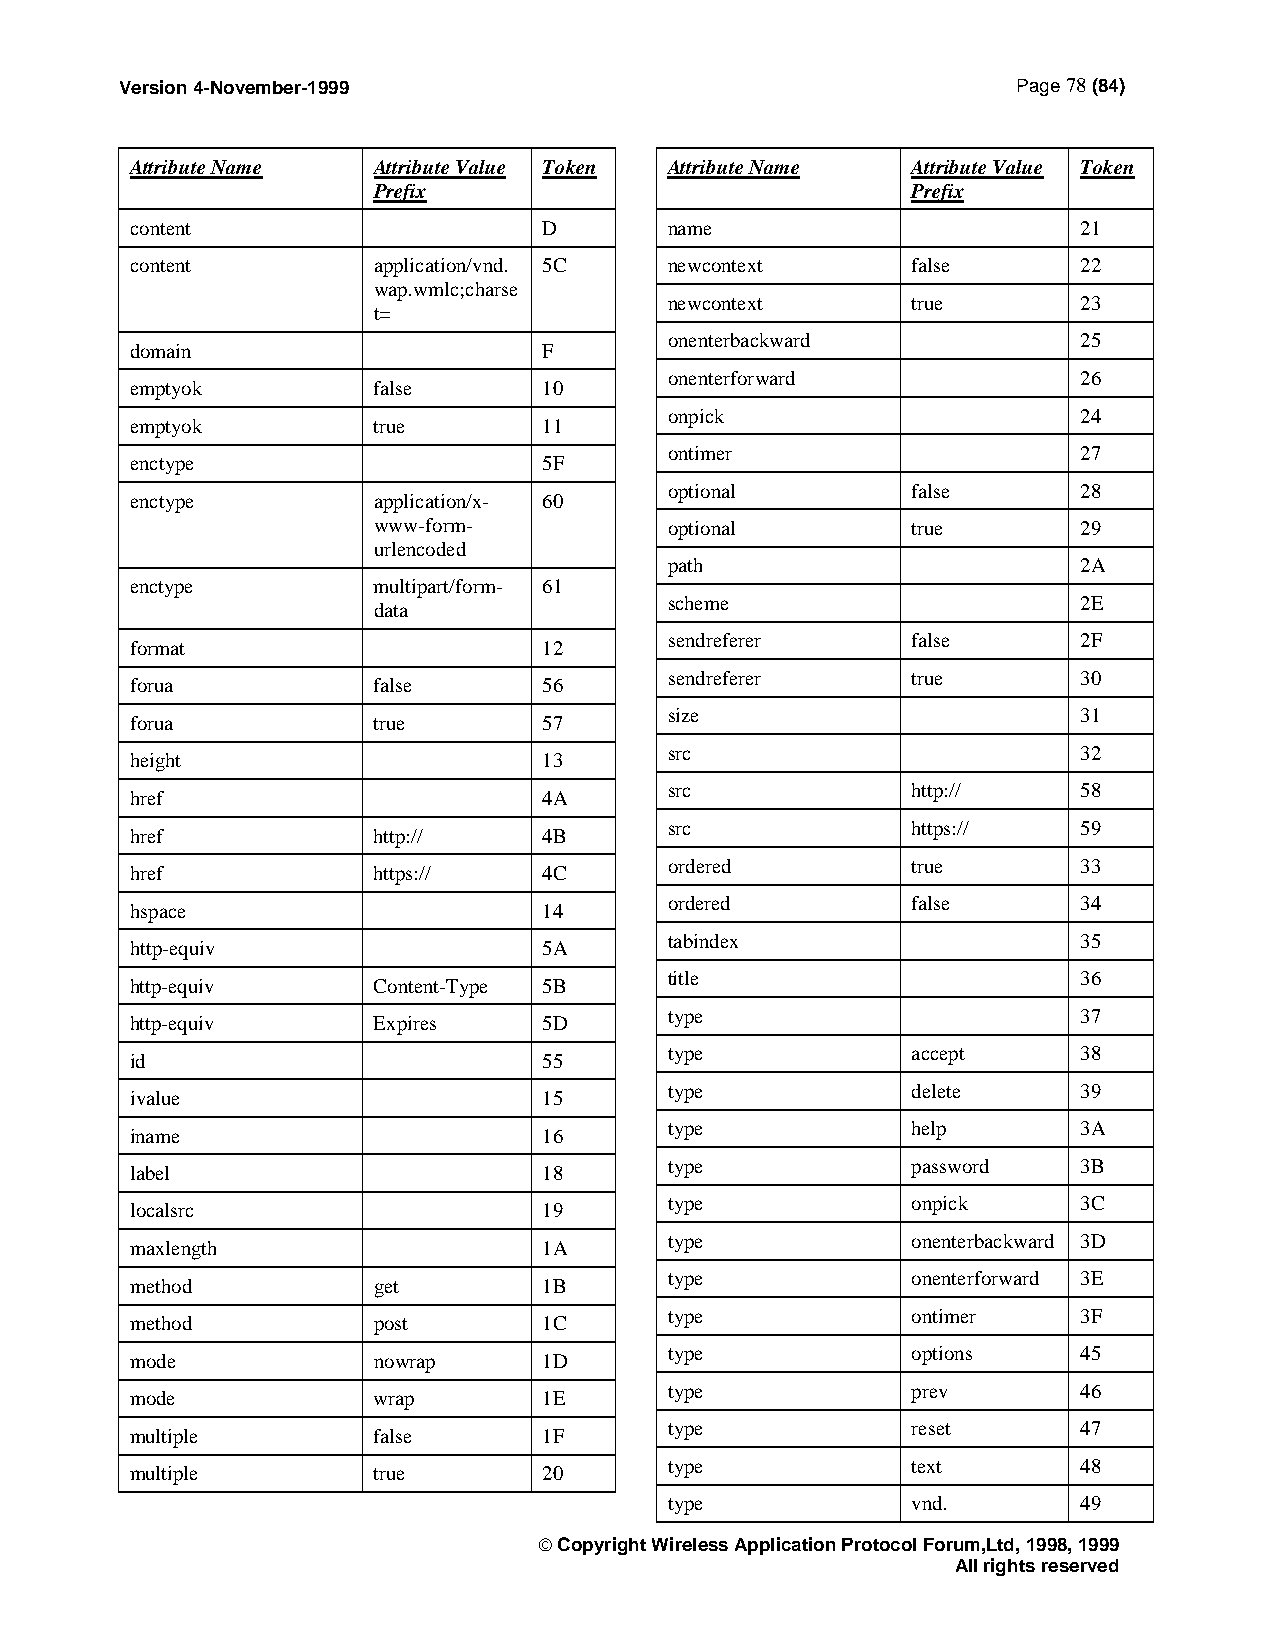
Version 4-November-1999                                    Page 78 (84)
 Attribute Name  Attribute Value Token Attribute Name Attribute Value Token
 Prefix                             Prefix
 content                    D       name                        21
 content         application/vnd. 5C newcontext     false       22
 wap.wmlc;charse
 newcontext      true        23
 t=
 onenterbackward             25
 domain                     F
 onenterforward              26
 emptyok         false      10
 onpick                      24
 emptyok         true       11
 ontimer                     27
 enctype                    5F
 optional        false       28
 enctype         application/x- 60
 www-form-          optional        true        29
 urlencoded
 path                        2A
 enctype         multipart/form- 61
 scheme                      2E
 data
 sendreferer     false       2F
 format                     12
 sendreferer     true        30
 forua           false      56
 size                        31
 forua           true       57
 src                         32
 height                     13
 src             http://     58
 href                       4A
 src             https://    59
 href            http://    4B
 ordered         true        33
 href            https://   4C
 ordered         false       34
 hspace                     14
 tabindex                    35
 http-equiv                 5A
 title                       36
 http-equiv      Content-Type 5B
 type                        37
 http-equiv      Expires    5D
 type            accept      38
 id                         55
 type            delete      39
 ivalue                     15
 type            help        3A
 iname                      16
 type            password    3B
 label                      18
 type            onpick      3C
 localsrc                   19
 type            onenterbackward 3D
 maxlength                  1A
 type            onenterforward 3E
 method          get        1B
 type            ontimer     3F
 method          post       1C
 type            options     45
 mode            nowrap     1D
 type            prev        46
 mode            wrap       1E
 type            reset       47
 multiple        false      1F
 type            text        48
 multiple        true       20
 type            vnd.        49
  Copyright Wireless Application Protocol Forum,Ltd, 1998, 1999
 All rights reserved